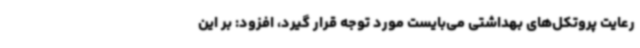
رعایت پروتکل‌های بهداشتی می‌بایست مورد توجه قرار گیرد، افزود: بر این